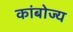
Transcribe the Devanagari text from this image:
कांबोज्य